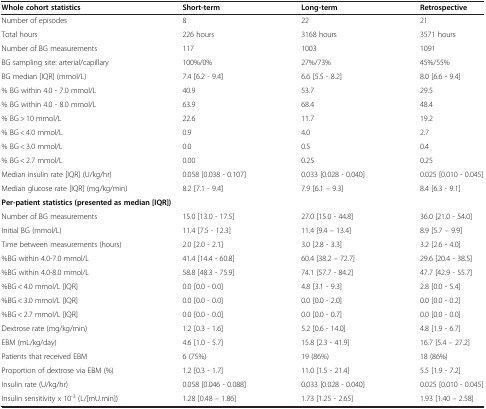
<table><thead><tr><td><b>Whole cohort statistics</b></td><td><b>Short-term</b></td><td><b>Long-term</b></td><td><b>Retrospective</b></td></tr></thead><tbody><tr><td>Number of episodes</td><td>8</td><td>22</td><td>21</td></tr><tr><td>Total hours</td><td>226 hours</td><td>3168 hours</td><td>3571 hours</td></tr><tr><td>Number of BG measurements</td><td>117</td><td>1003</td><td>1091</td></tr><tr><td>BG sampling site: arterial/capillary</td><td>100%/0%</td><td>27%/73%</td><td>45%/55%</td></tr><tr><td>BG median [IQR] (mmol/L)</td><td>7.4 [6.2 - 9.4]</td><td>6.6 [5.5 - 8.2]</td><td>8.0 [6.6 - 9.4]</td></tr><tr><td>% BG within 4.0 - 7.0 mmol/L</td><td>40.9</td><td>53.7</td><td>29.5</td></tr><tr><td>% BG within 4.0 - 8.0 mmol/L</td><td>63.9</td><td>68.4</td><td>48.4</td></tr><tr><td>% BG &gt; 10 mmol/L</td><td>22.6</td><td>11.7</td><td>19.2</td></tr><tr><td>% BG &lt; 4.0 mmol/L</td><td>0.9</td><td>4.0</td><td>2.7</td></tr><tr><td>% BG &lt; 3.0 mmol/L</td><td>0.0</td><td>0.5</td><td>0.4</td></tr><tr><td>% BG &lt; 2.7 mmol/L</td><td>0.00</td><td>0.25</td><td>0.25</td></tr><tr><td>Median insulin rate [IQR] (U/kg/hr)</td><td>0.058 [0.038 - 0.107]</td><td>0.033 [0.028 - 0.040]</td><td>0.025 [0.010 - 0.045]</td></tr><tr><td>Median glucose rate [IQR] (mg/kg/min)</td><td>8.2 [7.1 - 9.4]</td><td>7.9 [6.1 – 9.3]</td><td>8.4 [6.3 - 9.1]</td></tr><tr><td colspan="4"><b>Per-patient statistics (presented as median [IQR])</b></td></tr><tr><td>Number of BG measurements</td><td>15.0 [13.0 - 17.5]</td><td>27.0 [15.0 - 44.8]</td><td>36.0 [21.0 - 54.0]</td></tr><tr><td>Initial BG (mmol/L)</td><td>11.4 [7.5 - 12.3]</td><td>11.4 [9.4 – 13.4]</td><td>8.9 [5.7 – 9.9]</td></tr><tr><td>Time between measurements (hours)</td><td>2.0 [2.0 - 2.1]</td><td>3.0 [2.8 - 3.3]</td><td>3.2 [2.6 - 4.0]</td></tr><tr><td>%BG within 4.0-7.0 mmol/L</td><td>41.4 [14.4 - 60.8]</td><td>60.4 [38.2 – 72.7]</td><td>29.6 [20.4 - 38.5]</td></tr><tr><td>%BG within 4.0-8.0 mmol/L</td><td>58.8 [48.3 - 75.9]</td><td>74.1 [57.7 - 84.2]</td><td>47.7 [42.9 - 55.7]</td></tr><tr><td>%BG &lt; 4.0 mmol/L [IQR]</td><td>0.0 [0.0 - 0.0]</td><td>4.8 [3.1 - 9.3]</td><td>2.8 [0.0 - 5.4]</td></tr><tr><td>%BG &lt; 3.0 mmol/L [IQR]</td><td>0.0 [0.0 - 0.0]</td><td>0.0 [0.0 - 2.0]</td><td>0.0 [0.0 - 0.2]</td></tr><tr><td>%BG &lt; 2.7 mmol/L [IQR]</td><td>0.0 [0.0 - 0.0]</td><td>0.0 [0.0 - 0.7]</td><td>0.0 [0.0 - 0.0]</td></tr><tr><td>Dextrose rate (mg/kg/min)</td><td>1.2 [0.3 - 1.6]</td><td>5.2 [0.6 - 14.0]</td><td>4.8 [1.9 - 6.7]</td></tr><tr><td>EBM (mL/kg/day)</td><td>4.6 [1.0 - 5.7]</td><td>15.8 [2.3 - 41.9]</td><td>16.7 [5.4 – 27.2]</td></tr><tr><td>Patients that received EBM</td><td>6 (75%)</td><td>19 (86%)</td><td>18 (86%)</td></tr><tr><td>Proportion of dextrose via EBM (%)</td><td>1.2 [0.3 - 1.7]</td><td>11.0 [1.5 - 21.4]</td><td>5.5 [1.9 - 7.2]</td></tr><tr><td>Insulin rate (U/kg/hr)</td><td>0.058 [0.046 - 0.088]</td><td>0.033 [0.028 - 0.040]</td><td>0.025 [0.010 - 0.045]</td></tr><tr><td>Insulin sensitivity x 10<sup>-3</sup> (L/[mU.min])</td><td>1.28 [0.48 – 1.86]</td><td>1.73 [1.25 - 2.65]</td><td>1.93 [1.40 – 2.58]</td></tr></tbody></table>